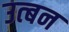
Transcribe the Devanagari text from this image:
उत्बन